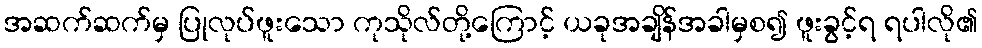
အဆက်ဆက်မှ ပြုလုပ်ဖူးသော ကုသိုလ်တို့ကြောင့် ယခုအချိန်အခါမှစ၍ ဖူးခွင့်ရ ရပါလို၏